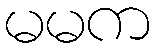
မမက